Civil Veterinary Dept. Bombay admin report 1932-41 - 1932-1941
Year: 1932
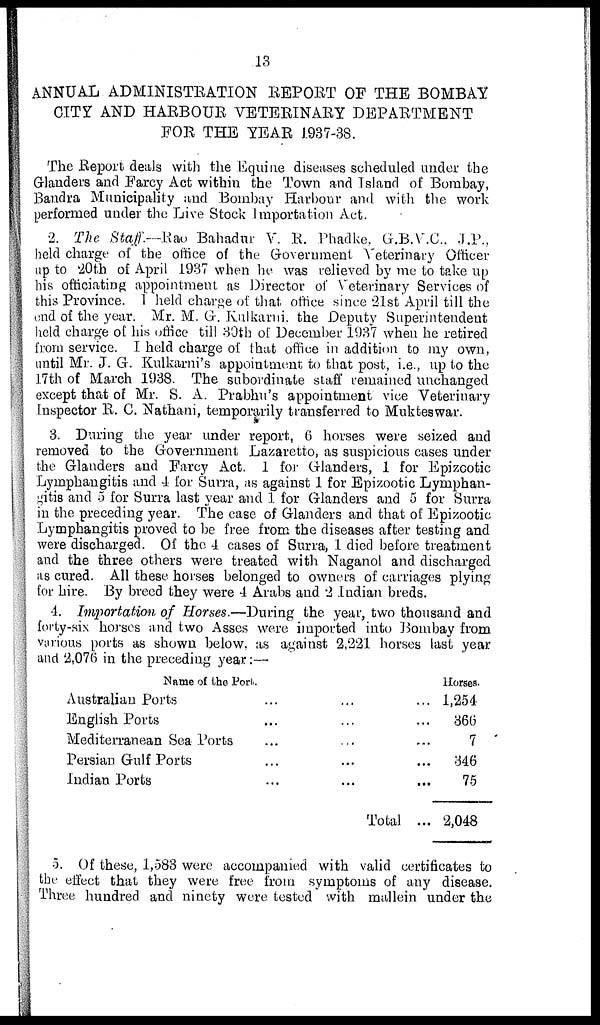
13
ANNUAL ADMINISTRATION REPORT OF THE BOMBAY
CITY AND HARBOUR VETERINARY DEPARTMENT
FOR THE YEAR 1937-38.
The Report deals with the Equine diseases scheduled under the
Glanders and Farcy Act within the Town and Island of Bombay,
Bandra Municipality and Bombay Harbour and with the work
performed under the Live Stock Importation Act.
2. The Staff.—Rao Bahadur V. R. Phadke, G.B.V.C., J.P.,
held charge of the office of the Government Veterinary Officer
up to 20th of April 1937 when he was relieved by me to take up
his officiating appointment as Director of Veterinary Services of
this Province. I held charge of that office since 21st April till the
end of the year. Mr. M. G. Kulkarni, the Deputy Superintendent
held charge of his office till 30th of December 1937 when he retired
from service. I held charge of that office in addition to my own,
until Mr. J. G. Kulkarni's appointment to that post, i.e., up to the
17th of March 1938. The subordinate staff remained unchanged
except that of Mr. S. A. Prabhu's appointment vice Veterinary
Inspector R. C. Nathani, temporarily transferred to Mukteswar.
3. During the year under report, 6 horses were seized and
removed to the Government Lazaretto, as suspicious cases under
the Glanders and Farcy Act. 1 for Glanders, 1 for Epizootic
Lymphangitis and 4 for Surra, as against 1 for Epizootic Lymphan-
gitis and 5 for Surra last year and 1 for Glanders and 5 for Surra
in the preceding year. The case of Glanders and that of Epizootic
Lymphangitis proved to be free from the diseases after testing and
were discharged. Of the 4 cases of Surra, 1 died before treatment
and the three others were treated with Naganol and discharged
as cured. All these horses belonged to owners of carriages plying
for hire. By breed they were 4 Arabs and 2 Indian breds.
4. Importation of Horses.—During the year, two thousand and
forty-six horses and two Asses were imported into Bombay from
various ports as shown below, as against 2,221 horses last year
and 2,076 in the preceding year:—
Name of the Port.
Australian Ports
English Ports
Mediterranean Sea Ports
Persian Gulf Ports
Indian Ports
...
...
...
...
...
...
...
...
...
...
...
...
...
...
...
Total ...
Horses.
1,254
366
7
346
75
2,048
5. Of these, 1,583 were accompanied with valid certificates to
the effect that they were free from symptoms of any disease.
Three hundred and ninety were tested with mallein under the